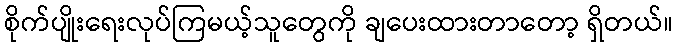
စိုက်ပျိုးရေးလုပ်ကြမယ့်သူတွေကို ချပေးထားတာတော့ ရှိတယ်။